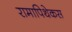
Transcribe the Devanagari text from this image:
रामापिथेकस